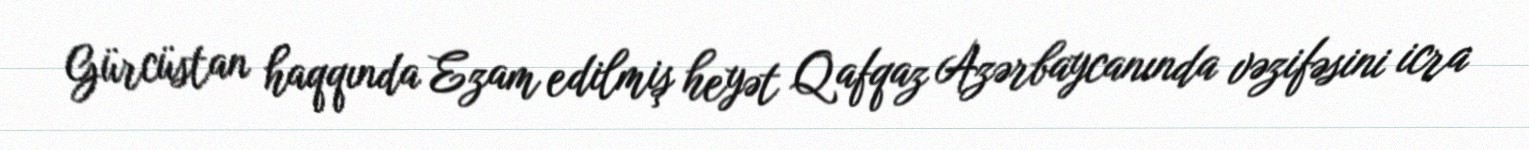
Gürcüstan haqqında Ezam edilmiş heyət Qafqaz Azərbaycanında vəzifəsini icra